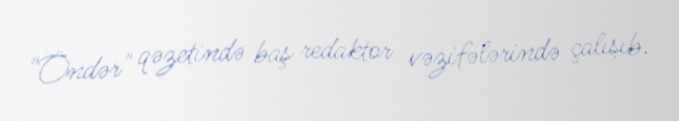
"Öndər" qəzetində baş redaktor vəzifələrində çalışıb.